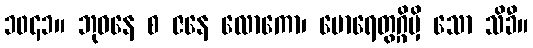
၁၀၄၁။ ဘုဝနေ စ ဇနေ လောကော၊ မောရေတွဂ္ဂိမှိ သော သိခီ။